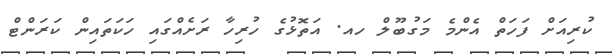
ކުރިއަށް ފަހަތް އެންމެ މަގުބޫލް ހއ. އަތޮޅުގެ ހުރިހާ ރަށެއްގައި ހަކަތައިން ކަރަންޓް